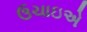
ઉચાઇએ